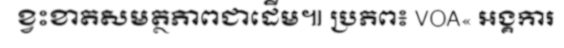
ខ្វះខាតសមត្ថភាពជាដើម៕ ប្រភព៖ VOA« អង្គការ